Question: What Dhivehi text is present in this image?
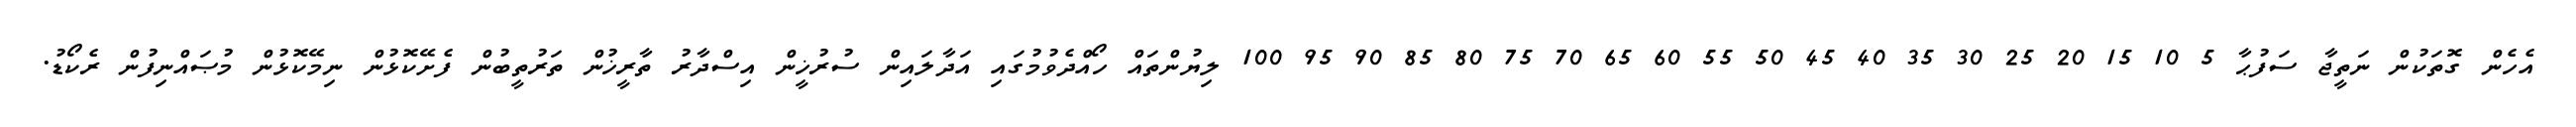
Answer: އެހެން ގޮތަކުން ނަތީޖާ ސަފުޙާ 5 10 15 20 25 30 35 40 45 50 55 60 65 70 75 80 85 90 95 100 ލިޔުންތައް ހޯއްދެވުމުގައި އަދާލައިން ސުރުޚީން އިސްދާރު ތާރީޚުން ތަރުތީބުން ފެށޭކޮޅުން ނިމޭކޮޅުން މުޞައްނިފުން ރެކޯޑު.